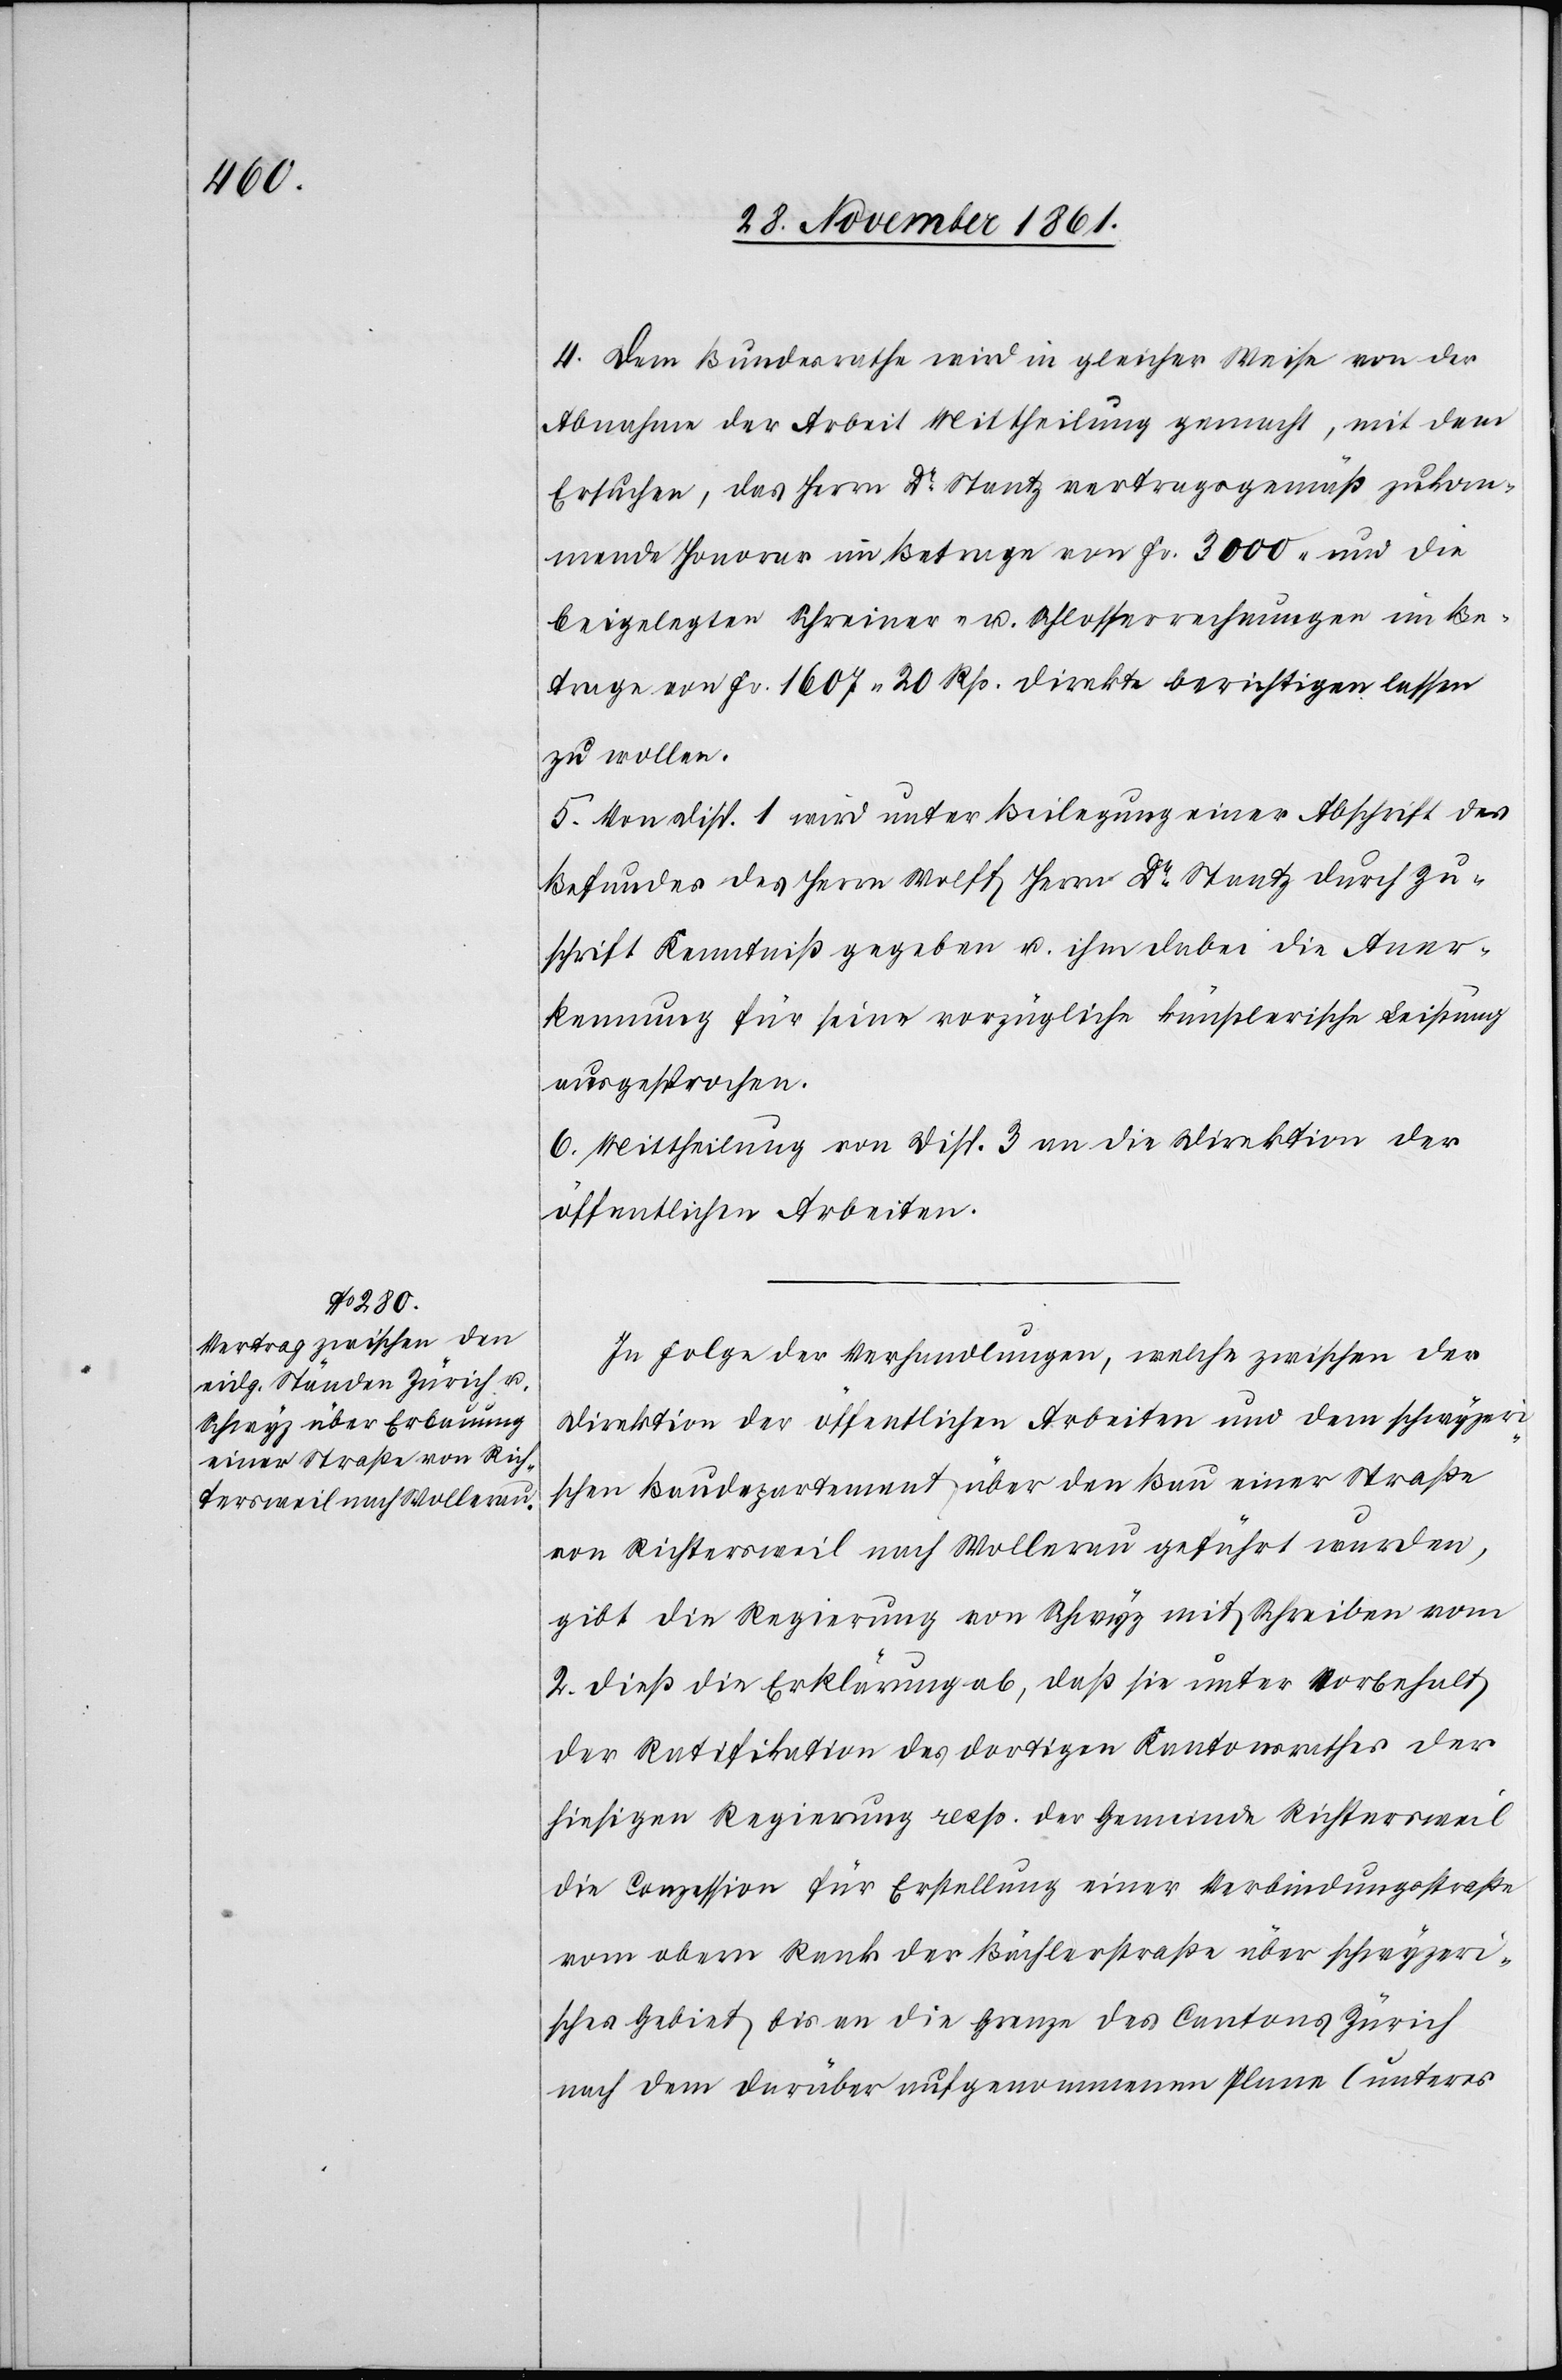
4. Dem Bundesrathe wird in gleicher Weise von der
Abnahme der Arbeit Mittheilung gemacht, mit dem
Ersuchen, das Herrn Dr Stantz vertragsgemäß zukom¬
mende Honorar im Betrage von Fr. 3000 und die
beigelegten Schreiner- u. Schlosserrechnungen im Be¬
trage von Fr 1607. 20 Rp. direkte berichtigen lassen
zu wollen.
5. Von Disp. 1 wird unter Beilegung einer Abschrift des
Befundes des Herrn Wolff Herrn Dr Stantz durch Zu¬
schrift Kenntniß gegeben u. ihm dabei die Aner¬
kennung für seine vorzügliche künstlerische Leistung
ausgesprochen.
6. Mittheilung von Disp. 3 an die Direktion der
öffentlichen Arbeiten.
In Folge der Verhandlungen, welche zwischen der
Direktion der öffentlichen Arbeiten und dem schwyzeri¬
schen Baudepartement über den Bau einer Straße
von Richtersweil nach Wollerau geführt wurden,
gibt die Regierung von Schwyz mit Schreiben vom
2 dieß die Erklärung ab, daß sie unter Vorbehalt
der Ratifikation des dortigen Kantonsrathes der
hiesigen Regierung resp. der Gemeinde Richtersweil
die Conzession für Erstellung einer Verbindungsstraße
vom obern Rank der Bächlerstraße über schwyzeri¬
sches Gebiet bis an die Grenze des Cantons Zürich
nach dem darüber aufgenommenen Plane (unteres